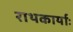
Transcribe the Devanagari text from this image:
राथकार्याः